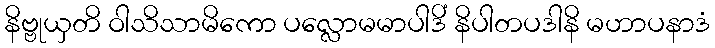
နိဗ္ဗုယှတိ ဝါသိသာမိကော ပလ္လောမမာပါဒိံ နိပါတပဒါနိ မဟာပနာဒံ